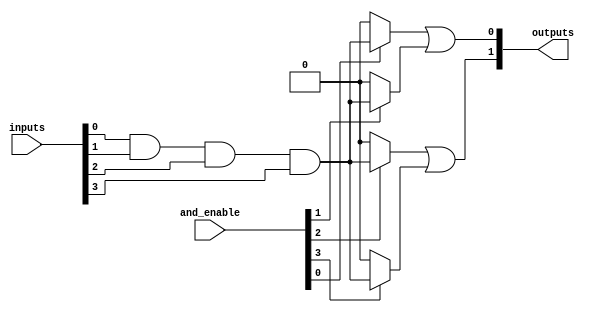
module hs_pal #(
    parameter NUM_INPUTS = 8,    // Number of inputs
    parameter NUM_AND_TERMS = 4,  // Number of programmable AND gates
    parameter NUM_OUTPUTS = 2     // Number of fixed OR outputs
)(
    input wire [NUM_INPUTS-1:0] inputs,  // Input signals
    input wire [NUM_AND_TERMS-1:0] and_enable, // Control signals to enable AND gates
    output wire [NUM_OUTPUTS-1:0] outputs // Output signals
);

// Programmable AND array
wire [NUM_AND_TERMS-1:0] and_outputs;

// Generate AND gates based on the enabled terms
genvar i;
generate
    for (i = 0; i < NUM_AND_TERMS; i = i + 1) begin : and_array
        assign and_outputs[i] = and_enable[i] ? (inputs[0] & inputs[1] & inputs[2] & inputs[3]) : 1'b0; // Example logic
        // You can modify the logic above to connect different inputs based on your programming mechanism
    end
endgenerate

// Fixed OR array
assign outputs[0] = and_outputs[0] | and_outputs[1]; // Example OR logic for output 0
assign outputs[1] = and_outputs[2] | and_outputs[3]; // Example OR logic for output 1

endmodule